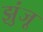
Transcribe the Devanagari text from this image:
झुंजू